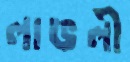
লাভলী